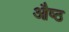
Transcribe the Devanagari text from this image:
औष्ठ